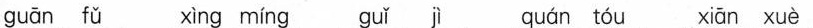
guān fǔ xìng míng guǐ quán tóu xiān xuè